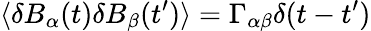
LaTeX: \langle\delta B_{\alpha}(t)\delta B_{\beta}(t^{\prime})\rangle=\Gamma_{\alpha\beta}\delta(t-t^{\prime})